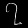
Digit: ၇